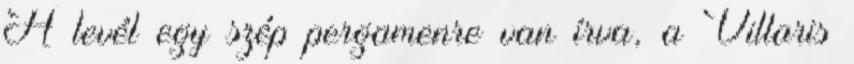
A levél egy szép pergamenre van írva, a Villaris